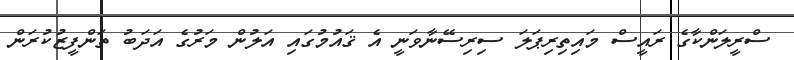
ސްރީލަންކާގެ ރައީސް މައިތިރިޕަލަ ސިރިސޭނާވަނީ އެ ޤައުމުގައި އަލުން މަރުގެ އަދަބު ތަންފީޒުކުރަން